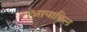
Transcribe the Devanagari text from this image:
गुआयाक्विल